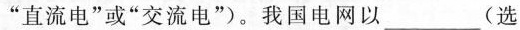
”直流电”或”交流电”)。我国电网以___(选